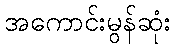
အကောင်းမွန်ဆုံး